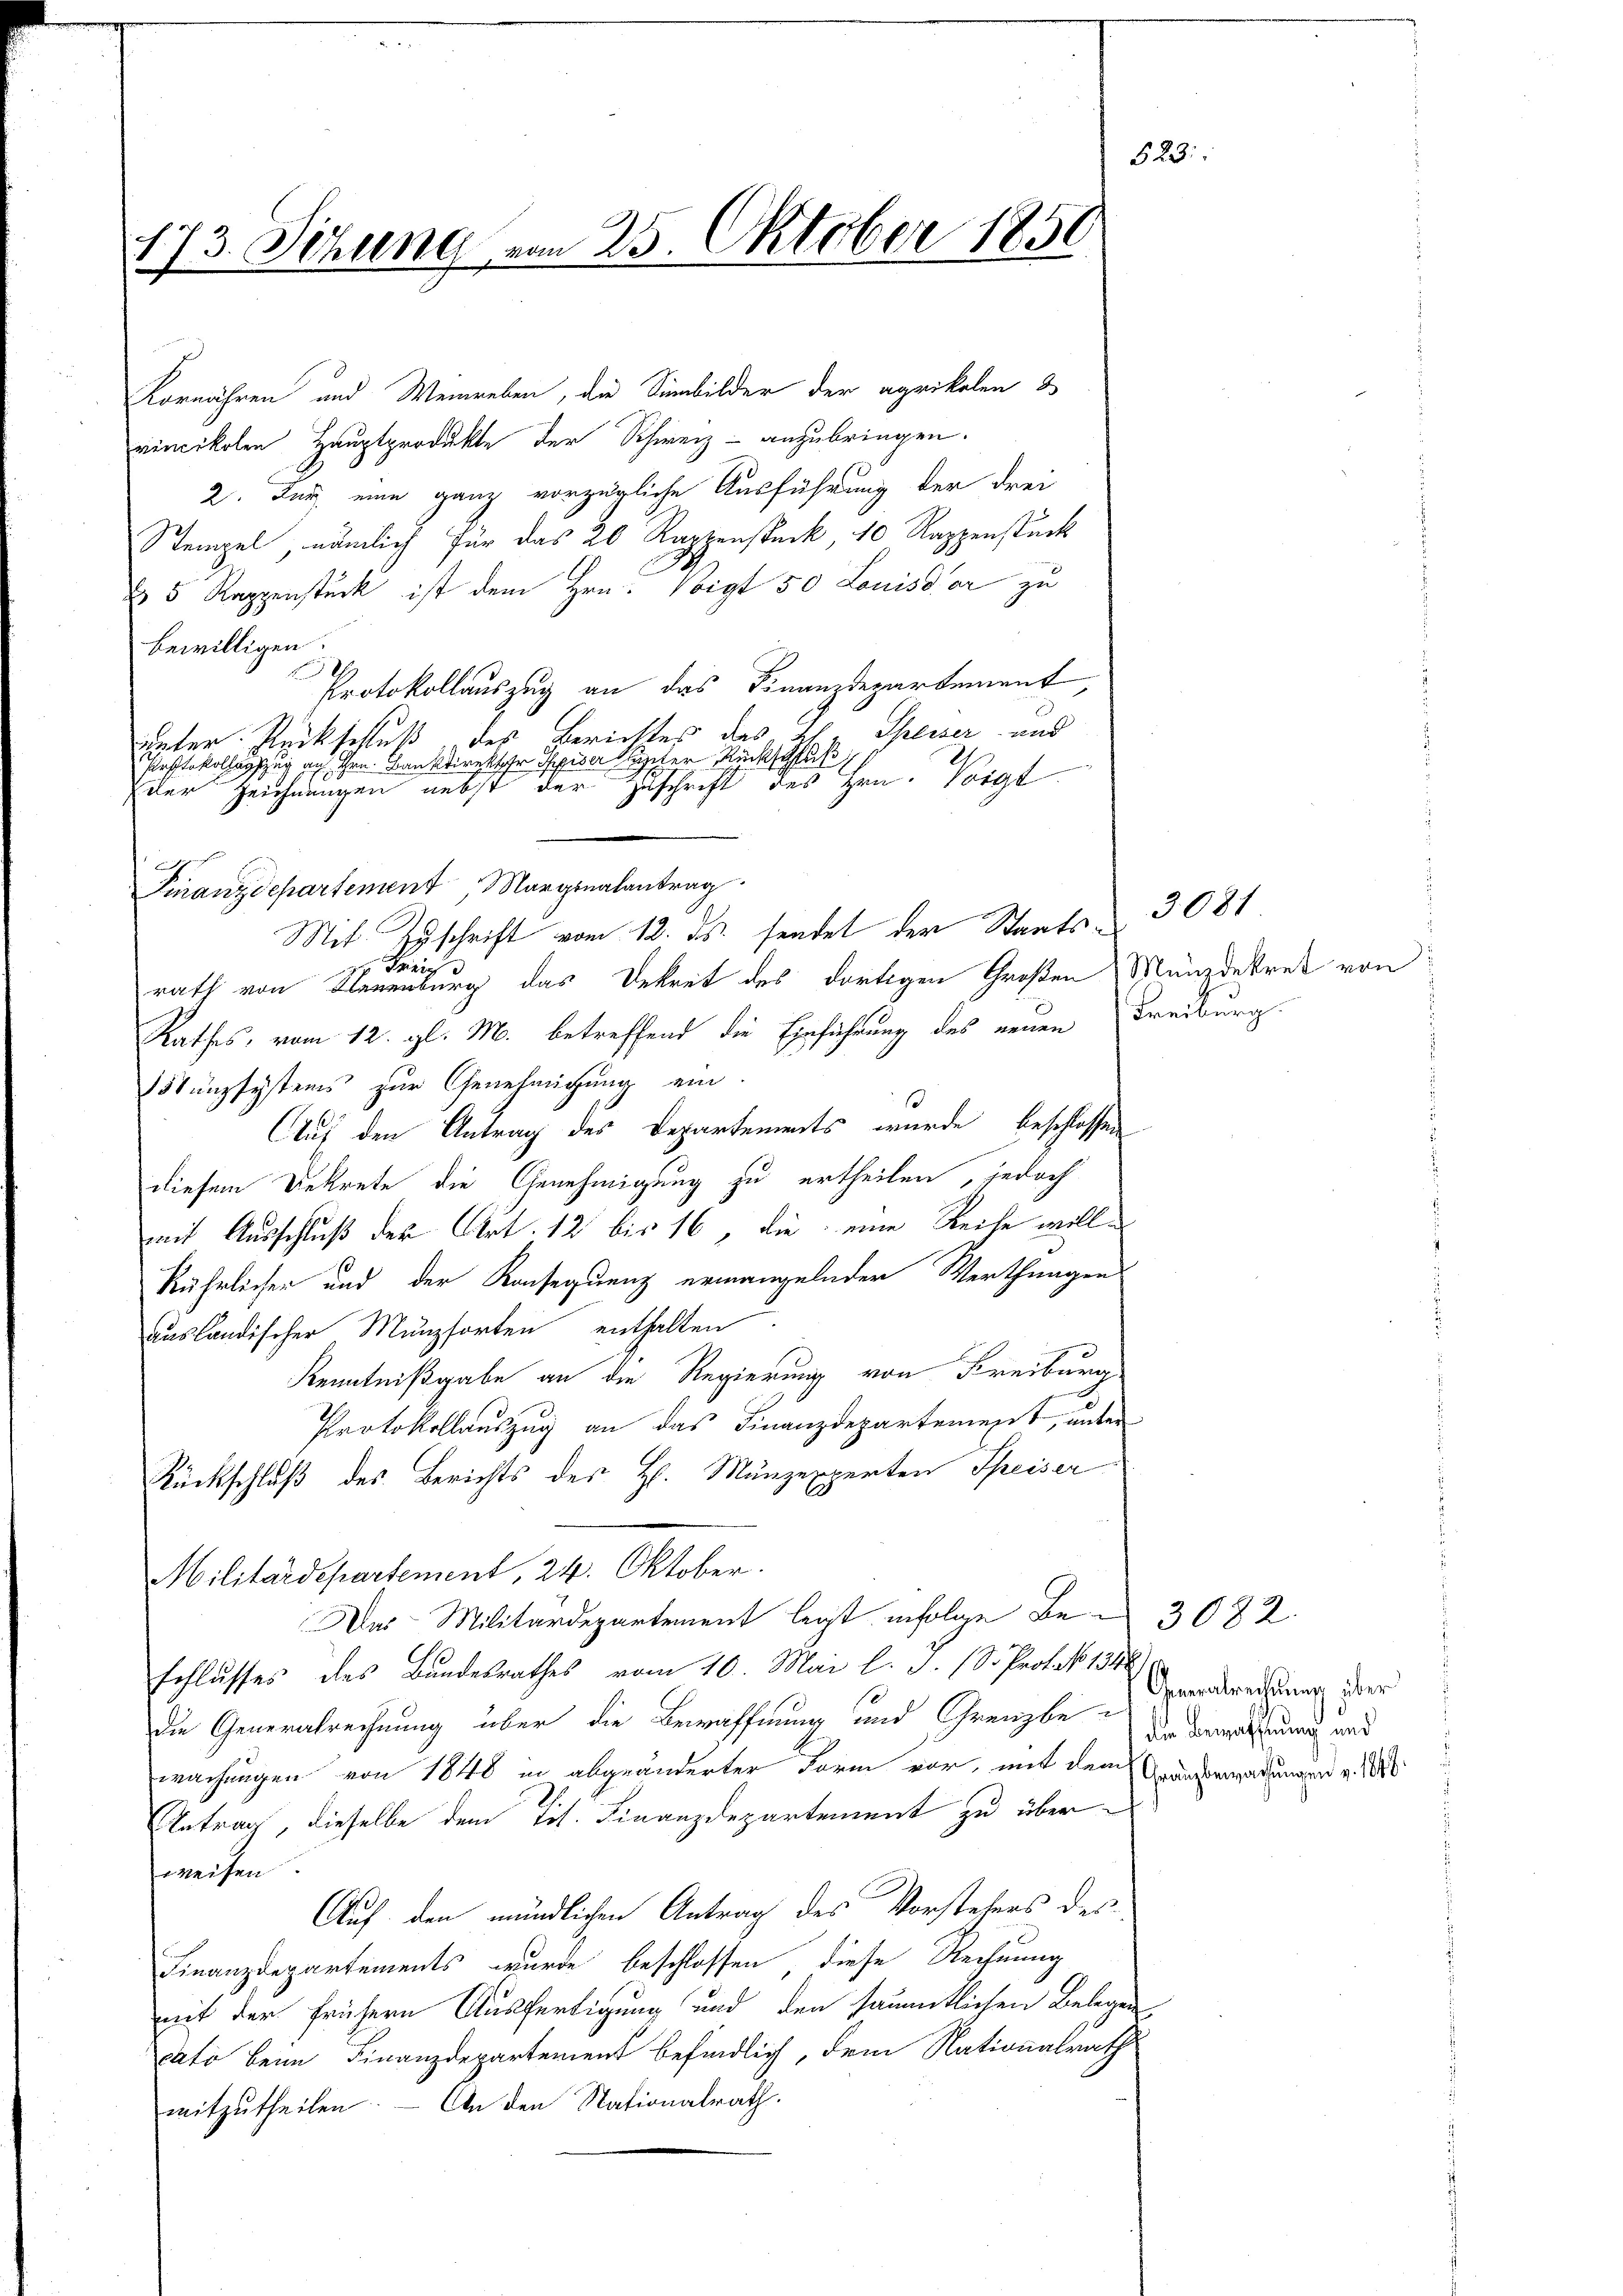
73. Sitzung vom 25. Oktober 1850
7
1.

Kornähren und Weinreben, die Simbilder der agrikolen 3
rincikolen Hauptprodukte der Schweiz - anzubringen.
2. Der eine ganz vorzügliche Ausführung der drei
Stempel, nämlich für das 20 Rappenstück, 10 Rappenstück
 5 Rappenstück ist dem Hrn. Voigt 50 Louisdor zu
bewilligen
Protokollauszug an das Finanzdepartement,
Speiser uns
unter Rückschluß des Berichtes das
Protokollagszug an Hrn. Bankdirekt pierter Rück
der Zeichnungen nebst der Zuschrift des Hrn. Voigt
J.
Franzdepartement Marginalantrag
Mit Zuschrift vom 12. ds. sendet der Staats¬
Zürich
rath von Neuenburg das Dekret des dortigen Großen Münzdekret von
Rathes, vom 12. gl. M. betreffend die Einführung des neuen Freiburg.
Münzsystems zur Genehmigung ein.
s
Auf den Antrag des Departements wurde beschlossen
diesem Bekrete die Genehmigung zu ertheilen, jedoch
mit Ausschluß der Art. 12 bis 16 die eine Reihe wolle
kührlichen und der Konsequenz ermangelnder Werthungen
ausländischer Münzsorten enthalten
Kenntnißgabe an die Regierung von Freiburg,
Protokollauszug an das Finanzdepartement, unter
Rückschluß des Berichts des H. Münzexperten Speiser
Militärdepartement, 24. Oktober.
Das Militärdepartement legt infolge Be- 3082.
schlusses des Bundesrathes vom 10. Mai l. J. (S. Protoko 1340
die Generalrechnung über die Bewaffnung und Grenzbe-
wachungen von 1848 in abgeänderter Form vor, mit dem Grausseratungen v. 1888
Antrag, dieselbe dem Tit. Finanzdepartement zu über
weisen.
Auf den mündlichen Antrag des Vorstehers des
Finanzdepartements wurde beschlossen diese Rechnung
mit der frühern Ausfertigung und den sämmtlichen Belegen
cato beim Finanzdepartement befindlich, dem Nationalrath
mitzutheilen. — An den Nationalrath.

3081

Generabrechnung über
die Bewaffnung und